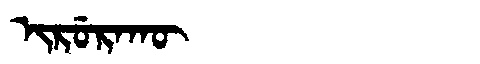
Manchu: ᡳᡵᡠᡵᠠᡴᡡ
Romanization: IRURAKŪ